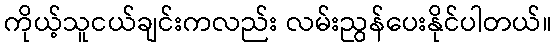
ကိုယ့်သူငယ်ချင်းကလည်း လမ်းညွန်ပေးနိုင်ပါတယ်။